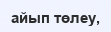
айып төлеу,